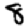
Digit: 8